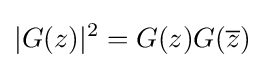
|G(z)|^{2}=G(z)G({\overline {z}})